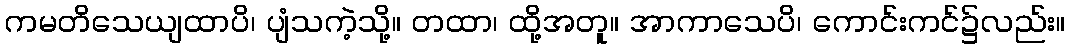
ကမတိသေယျထာပိ၊ ပျံသကဲ့သို့။ တထာ၊ ထို့အတူ။ အာကာသေပိ၊ ကောင်းကင်၌လည်း။